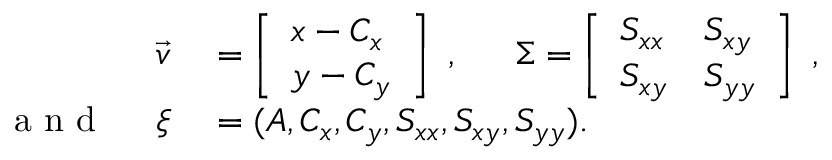
\begin{array} { r l } { \vec { v } } & { { } = \left[ \begin{array} { l } { x - C _ { x } } \\ { y - C _ { y } } \end{array} \right] \mathrm { ~ , ~ } ~ ~ ~ ~ \Sigma = \left[ \begin{array} { l l } { S _ { x x } } & { S _ { x y } } \\ { S _ { x y } } & { S _ { y y } } \end{array} \right] \mathrm { ~ , ~ } } \\ { \mathrm { ~ a ~ n ~ d ~ } ~ ~ ~ ~ \xi } & { { } = ( A , C _ { x } , C _ { y } , S _ { x x } , S _ { x y } , S _ { y y } ) . } \end{array}